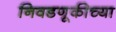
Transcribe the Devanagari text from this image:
निवडणूकीच्या